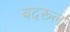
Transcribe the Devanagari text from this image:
बदरूल